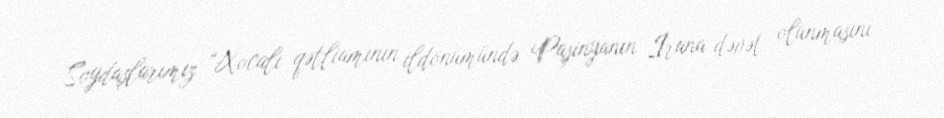
Soydaşlarımız “Xocalı qətliamının ildönümündə Paşinyanın İrana dəvət olunmasını